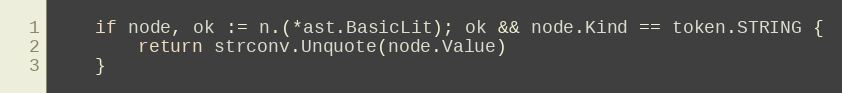
Language: Go
	if node, ok := n.(*ast.BasicLit); ok && node.Kind == token.STRING {
		return strconv.Unquote(node.Value)
	}